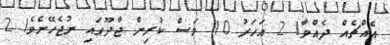
އެއްޗެއް ދެއްވާ! 2 އަހަރު 10 މަސް ކުރިން ޖާދޫގައި ނުޖެހޭށެވެ! 2